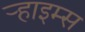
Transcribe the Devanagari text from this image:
ऱ्हाइम्स